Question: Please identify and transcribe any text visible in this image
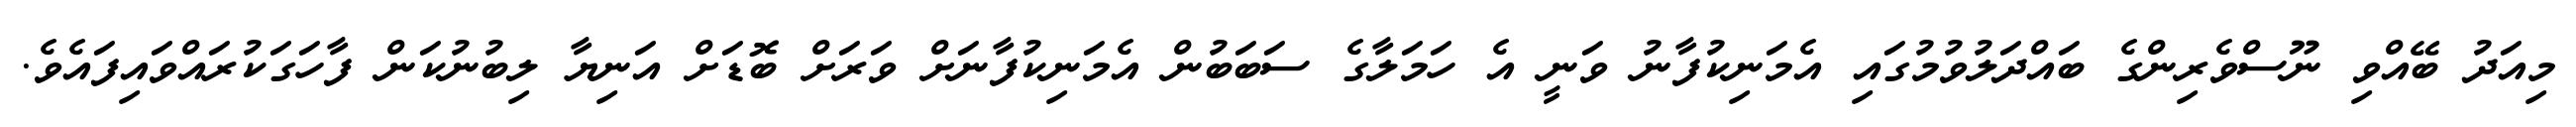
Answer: މިއަދު ބޭއްވި ނޫސްވެރިންގެ ބައްދަލުވުމުގައި އެމަނިކުފާނު ވަނީ އެ ހަމަލާގެ ސަބަބުން އެމަނިކުފާނަށް ވަރަށް ބޮޑަށް އަނިޔާ ލިބުނުކަން ފާހަގަކުރައްވައިފައެވެ.